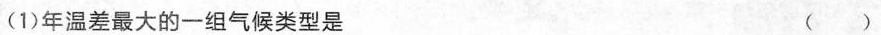
(1)年温差最大的一组气候类型是 ()